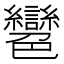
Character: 𦫲